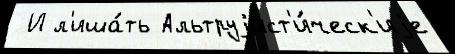
 И л'иша́ть Альтруjист'и́ческ'иjе